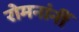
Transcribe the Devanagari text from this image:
रोमनांनीं